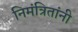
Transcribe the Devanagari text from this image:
निमंत्रितांनी